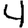
Digit: 4